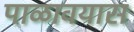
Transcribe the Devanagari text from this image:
पाळावयास